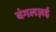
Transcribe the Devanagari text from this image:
बंगलज़ई